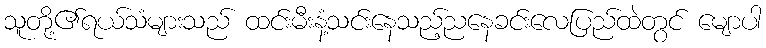
သူတို့၏ရယ်သံများသည် ထင်းမီးနံ့သင်းနေသည့်ညနေခင်းလေပြည်ထဲတွင် မျောပါ